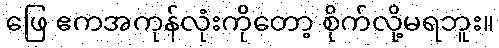
ဖြေ ဧကအကုန်လုံးကိုတော့ စိုက်လို့မရဘူး။